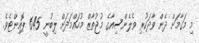
މި މަގާމަށް ދެން ވާދަކުރި ވެލެންސިއާގެ މުޖުތާޒް މުހައްމަދަށް ލިބުނީ 645 ޕޮއިންޓެވެ.